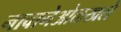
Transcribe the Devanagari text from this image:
नावानेओळखले